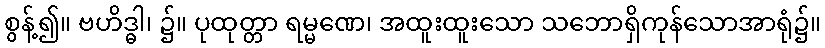
စွန့်၍။ ဗဟိဒ္ဓါ၊ ၌။ ပုထုတ္တာ ရမ္မဏေ၊ အထူးထူးသော သဘောရှိကုန်သောအာရုံ၌။